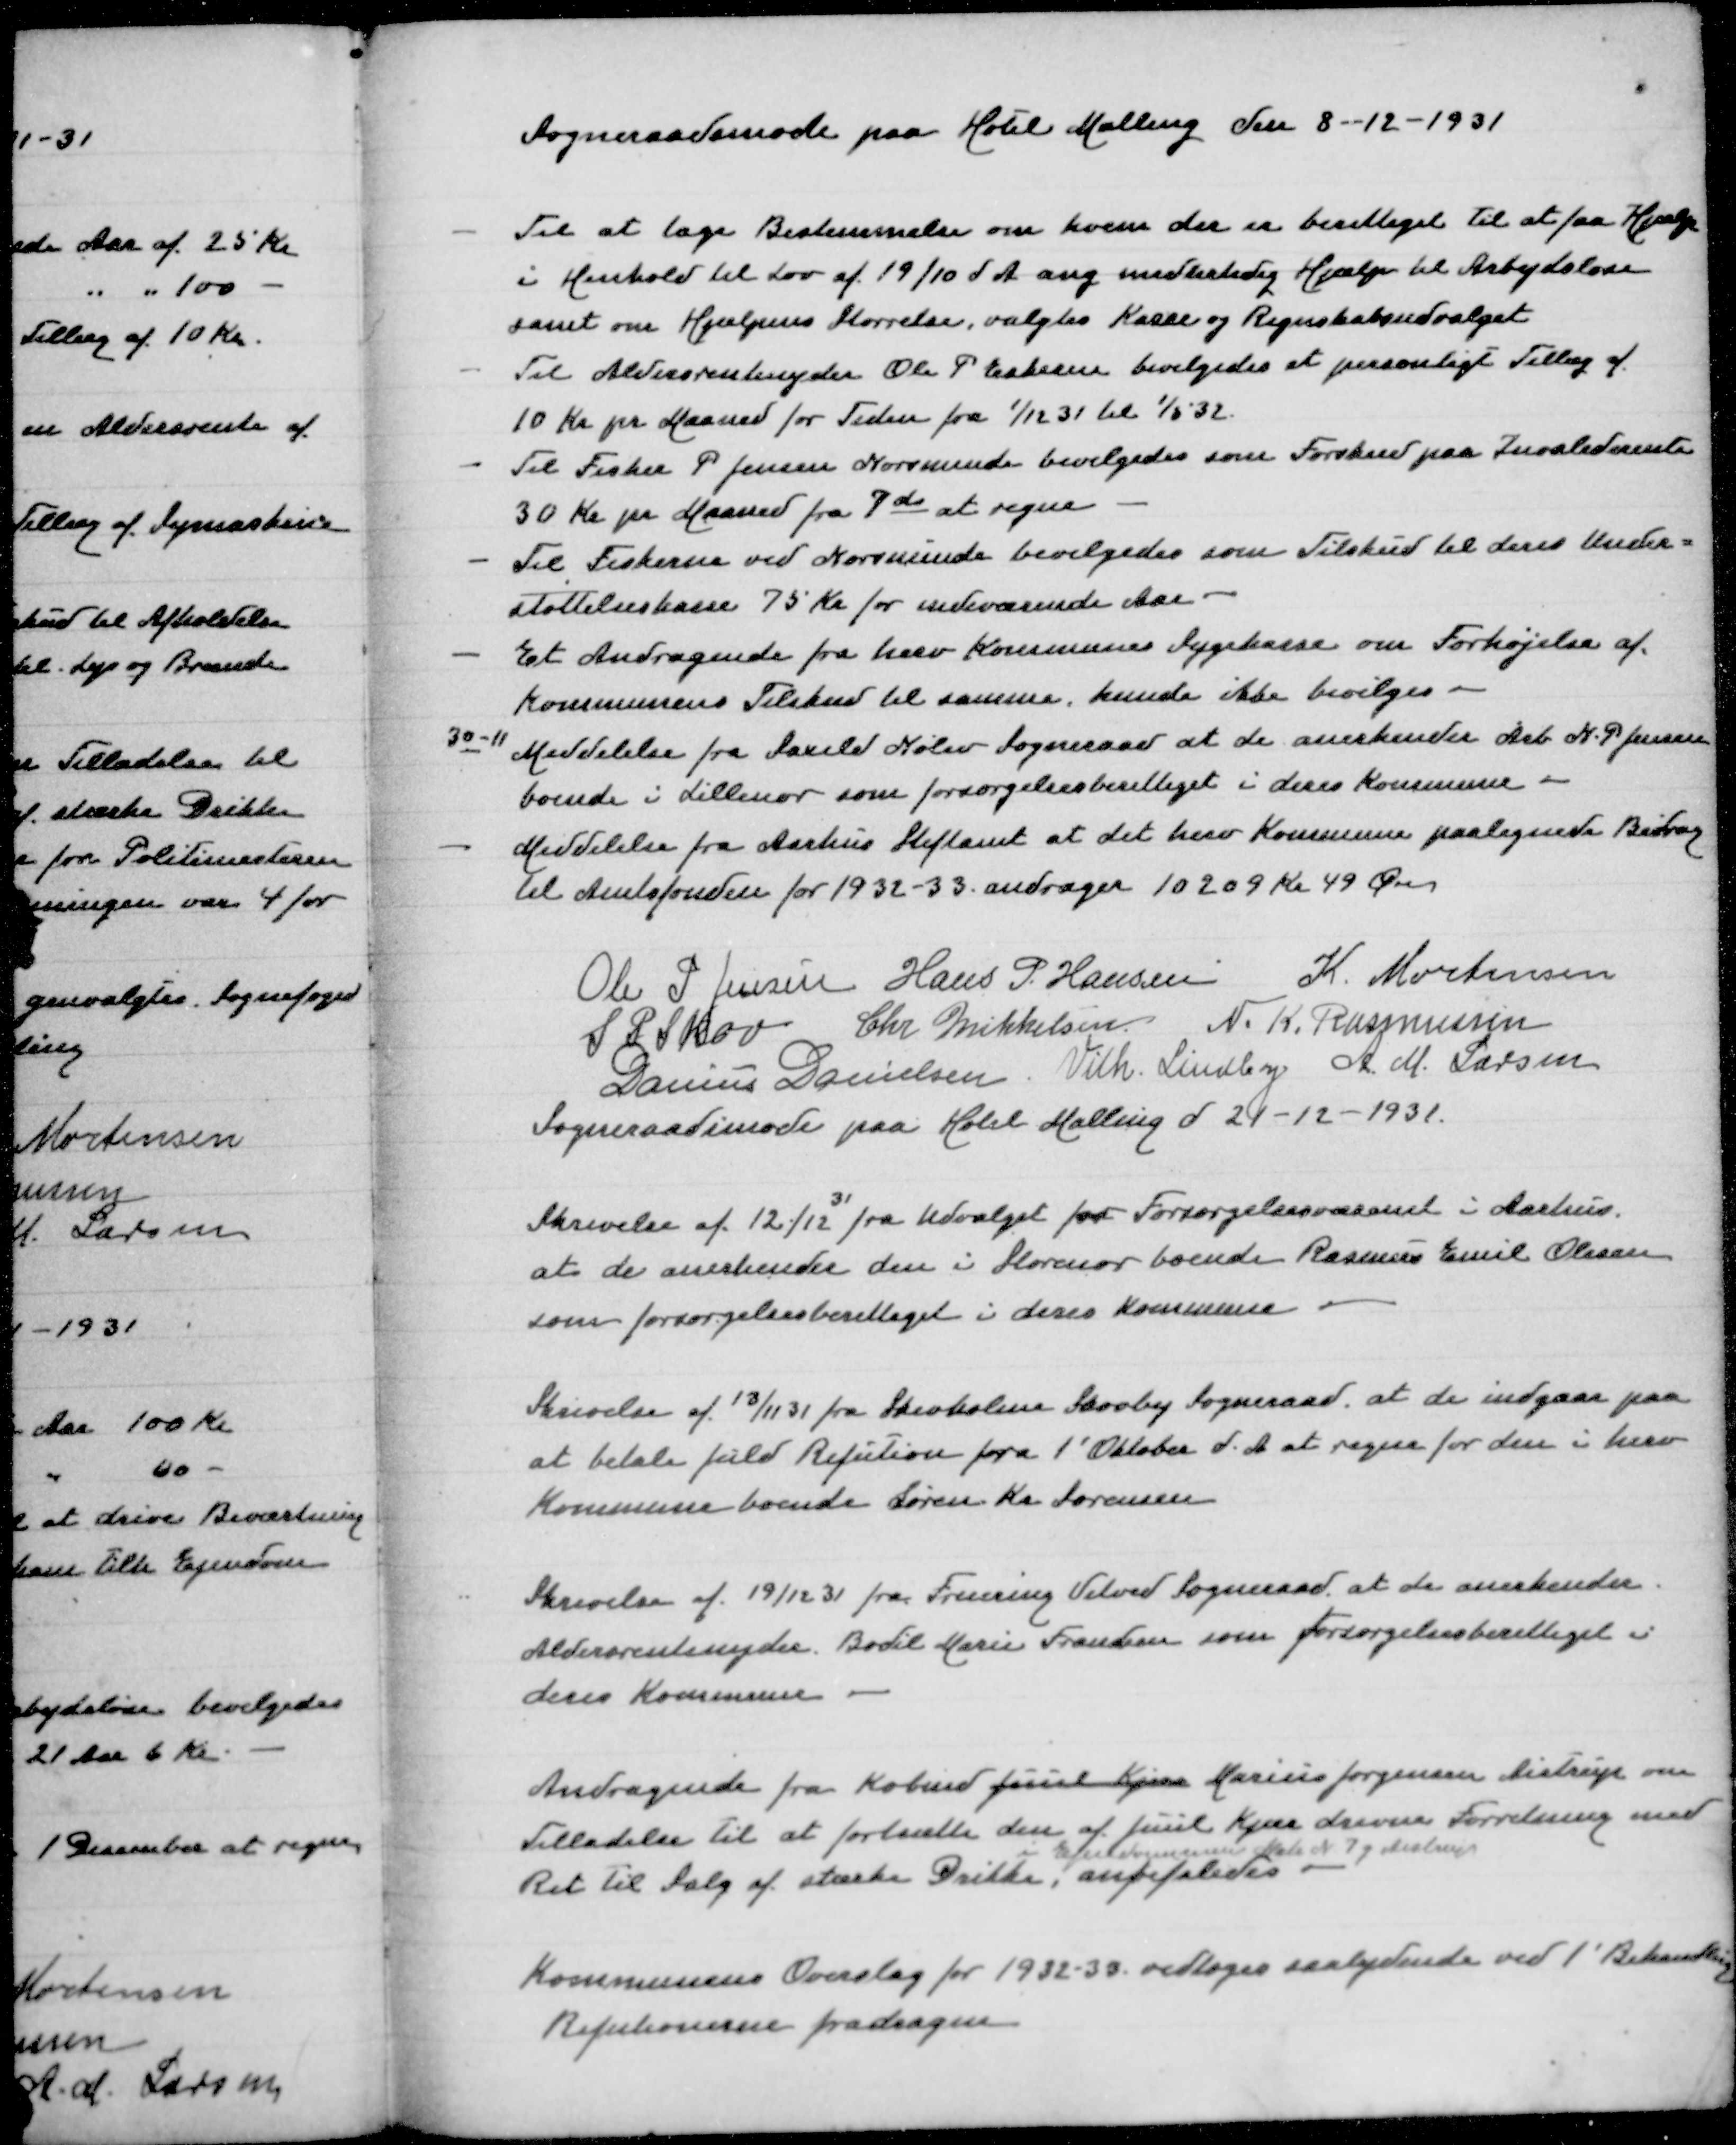
Transskription:
Sogneraadsmøde paa Hotel Malling den 8-12-1931

- Til at tage Bestemmelse om hvem der er berettiget til at faa Hjælp
i Henhold til Lov af 19/10 d A ang midlertidig Hjælp til Arbejdsløse
samt om Hjælpens Størrelse, valgtes Kasse og Regnskabsudvalget
- Til Aldersrentenyder Ole P Eskesen bevilgedes et personligt Tillæg af
10 Kr pr Maaned for Tiden fra 1/12 31 til 1/5 32
- Til Fisker P Jennsen Norsminde bevilgedes som Forskud paa Invaliderente
30 Kr pr Maaned fra 7 ds at regne
- Til Fiskerne ved Norsminde bevilgedes som Tilskud til deres Under=
støttelseskasse 75 Kr for indeværende Aar
- Et Andragende fra herv Kommunes Sygekasse om Forhøjelse af
Kommunens Tilskud til samme, kunde ikke bevilges
30-11 Meddelelse fra Saxild Nølev Sogneraad at de anerkender Arb N P Jensen
boende i Lillenor som forsørgelsesberettiget i deres Kommune
- Meddelelse fra Aarhus Stiftamt at det herv Kommune paalignede Bidrag
til Amtsfonden for 1932-33 andrager 10209 KR 49 Øre

Ole P Jensen
Hans P Hansen
K Mortensen
S P Skov
Chr Mikkelsen
N K Rasmussen
Danius Danielsen
Vilh Lindby
A M Larsen
Sogneraadsmøde paa Hotel Malling d 21-12-1931

31
Skrivelse af 12/12 fra Udvalget for Forsørgelsesvæsenet i Aarhus
at de anerkender den i Storenor boende Rasmus Emil Olesen
som forsørgelsesberettiget i deres Kommune

Skrivelse af 13/11 31 fra Skivholme Skovby Sogneraad at de indgaar paa
at betale fuld Refution fra 1' Oktober d A at regne for den i herv
Kommune boende Søren Kr Sørensen

Skrivelse af 19/12 31 fra Fruering Vitved Sogneraad at de anerkender
Aldersrentenyder Bodil Marie Frandsen som forsørgelsesberettiget i
deres Kommune

Andragende fra Købmd Juul Kjær Marius Jørgensen Aistrup om
Tilladelse til at fortsætte den af Juul Kjær drevne Forretning med
i Ejendommen Matr N 7g Aistrup
Ret til Salg af stærke Drikke, anbefaledes

Kommunens Overslag for 1932-33 vedtoges saalydende ve 1' Behandling
Refutionerne fradragne